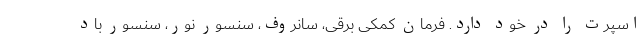
اسپرت را در خود دارد. فرمان کمکی برقی، سانروف، سنسور نور، سنسور باد